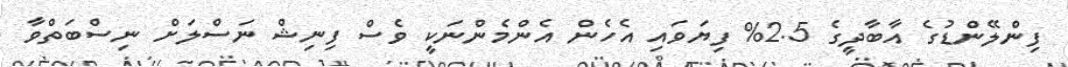
ފިންލޭންޑުގެ އާބާދީގެ 2.5% ފިޔަވައި އެހެން އެންމެންނަކީ ވެސް ފިނިޝް ނަސްލަށް ނިސްބަތްވާ